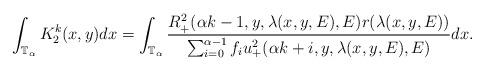
LaTeX: \begin{align*}\int_{\mathbb{T}_\alpha} K_2^{k}(x,y)dx&=\int_{\mathbb{T}_\alpha}\frac{R_+^2(\alpha k-1,y,\lambda(x,y,E),E)r(\lambda(x,y,E))}{\sum_{i=0}^{\alpha-1}f_iu_+^2(\alpha k+i,y,\lambda(x,y,E),E)}dx.\end{align*}